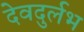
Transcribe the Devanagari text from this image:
देवदुर्लभ